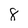
Character: 8